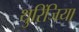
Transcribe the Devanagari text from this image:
थुरिंजिया